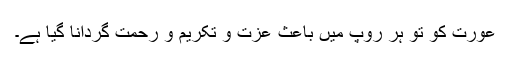
عورت کو تو ہر روپ میں باعث عزت و تکریم و رحمت گردانا گیا ہے۔